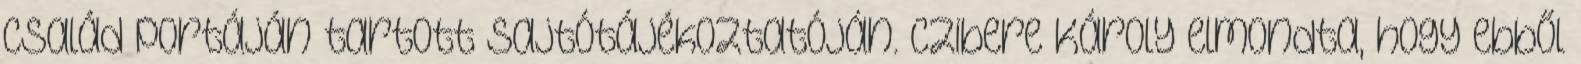
család portáján tartott sajtótájékoztatóján. Czibere Károly elmondta, hogy ebből